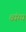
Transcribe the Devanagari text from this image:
व्‍यंग्य